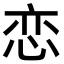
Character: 恋